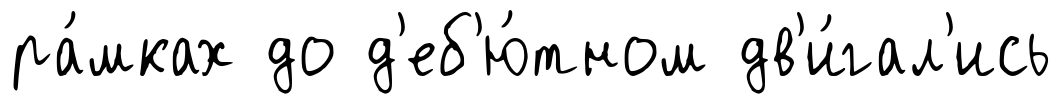
ра́мках до д'еб'ю́тном дв'и́гал'ись